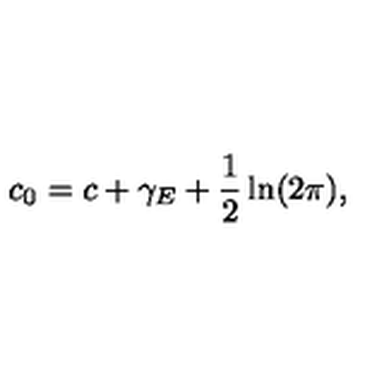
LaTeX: c _ { 0 } = c + \gamma _ { E } + \frac { 1 } { 2 } \ln ( 2 \pi ) ,